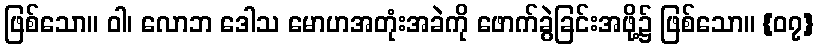
ဖြစ်သော။ ဝါ၊ လောဘ ဒေါသ မောဟအတုံးအခဲကို ဖောက်ခွဲခြင်းအဖို့၌ ဖြစ်သော။ {၀၇}